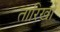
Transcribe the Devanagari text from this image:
तारिखों